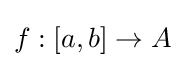
f:[a,b]\to A